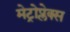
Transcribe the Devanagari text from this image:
मेट्रोप्लेक्स